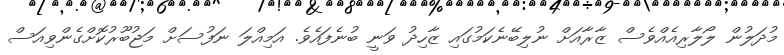
މުދަލުން ލޯލާރިއެއްވެސް ޒާރާއަށް ނުލިބޭނެކަމުގައި ޒާހިދު ވަނީ ބުނެފައެވެ. އަމިއްލަ ނަފުސަށް މަޖުބޫރުކޮށްގެންވިއަސް